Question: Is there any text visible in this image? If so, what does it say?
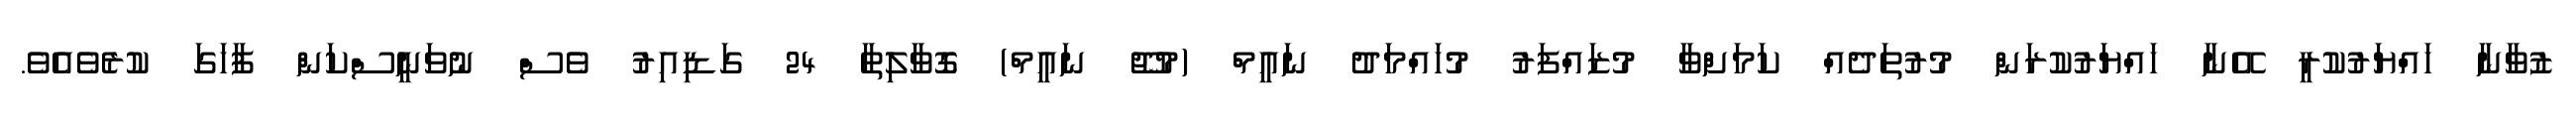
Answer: ޒުވާނާ ހައްޔަރުކުރީ އޭނާ ހައްޔަރުކުރަން މުރުތަދެއް ކަމަށްވާ މުޒައްފަރު މުހައްމަދު ނައީމް (މުޖޫ ނައީމް) ގޮވާލިތާ 24 ގަޑިއިރު ވެސް ނުވަނީސްކަން ފާހަގަ ކުރެވެއެވެ.